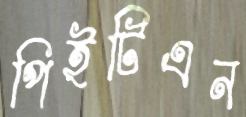
পিইটিএন